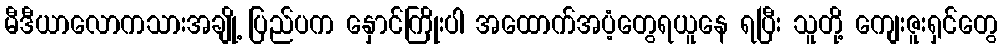
မီဒီယာလောကသားအချို့ ပြည်ပက နှောင်ကြိုးပါ အထောက်အပံ့တွေရယူနေ ရပြီး သူတို့ ကျေးဇူးရှင်တွေ